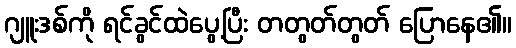
ဂျူးဒစ်ကို ရင်ခွင်ထဲပွေ့ပြီး တတွတ်တွတ် ပြောနေ၏။